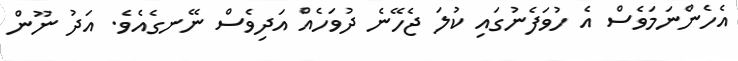
އެހެންނަމަވެސް އެ ހުވަފެނުގައި ކުލަ ޖެހޭނެ ދުވަހެއް އަދިވެސް ނޭނގެއެވެ. އަދު ނޫން